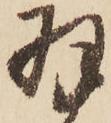
羽